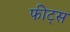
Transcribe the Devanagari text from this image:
फीट्स